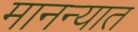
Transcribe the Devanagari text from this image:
मानन्यात